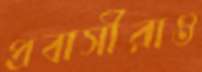
প্রবাসীরাও